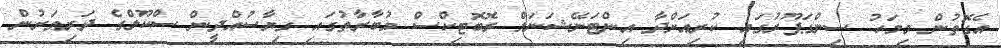
އެގޮތުން މިމަހު ސިންގަޕޫރުގައި ކުރިއަށްދާ އިންޓަނޭޝަނަލް ރޮބޮޓިކްސް މުބާރާތުގައި ގިޔާސުއްދީން ސްކޫލްގެ ދަރިވަރުން